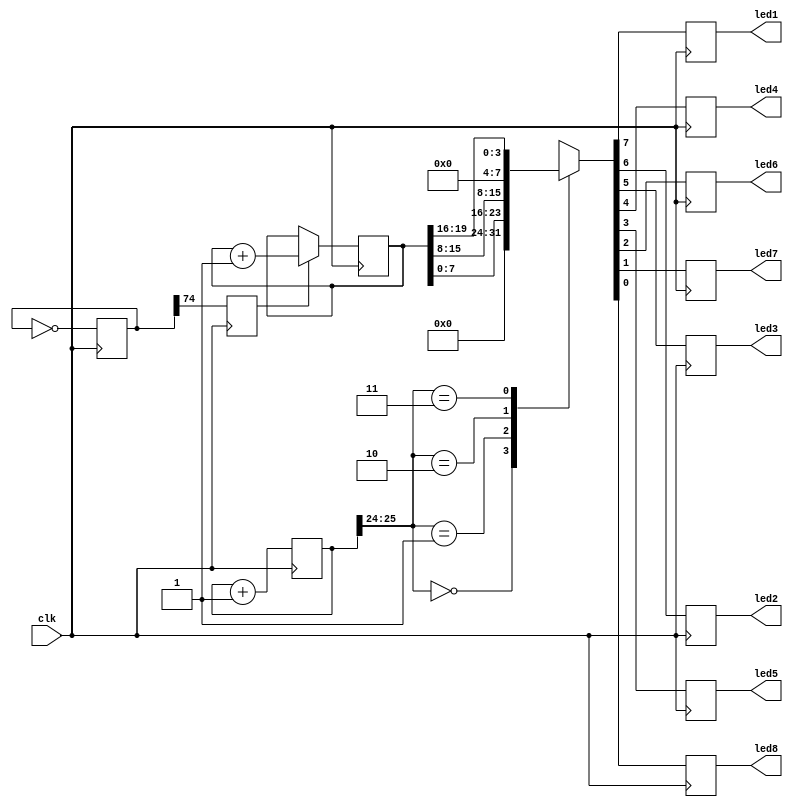
module TemporalThermalCovertChannel (
    input wire clk, // Clock input
    output led1, led2, led3, led4, led5, led6, led7, led8 // Individual LEDs
);

    reg [74:0] ring_oscillator;
    reg [19:0] counter;
    reg last_ring_bit; // Intermediate signal for ring_oscillator[74]
    reg [31:0] display_timer; // Timer for controlling the LED display

    // The Ring Oscillator with 75 Inverters
    always @(posedge clk) begin
        ring_oscillator <= ~ring_oscillator;
        last_ring_bit <= ring_oscillator[74];
        
        // Increment counter
        if (last_ring_bit) begin
            counter <= counter + 1'b1;
        end

        // Update display timer
        display_timer <= display_timer + 1;
    end

    // LED Display Logic
    always @(posedge clk) begin
        case (display_timer[25:24]) // Using higher bits to divide the time
            2'b00: {led1, led2, led3, led4, led5, led6, led7, led8} <= 8'b0;                            // All LEDs off for the first 2 seconds
            2'b01: {led1, led2, led3, led4, led5, led6, led7, led8} <= counter[7:0];                    // Display first 8 bits of the counter
            2'b10: {led1, led2, led3, led4, led5, led6, led7, led8} <= counter[15:8];                   // Display next 8 bits of the counter
            2'b11: {led1, led2, led3, led4, led5, led6, led7, led8} <= {4'b0, counter[19:16]};          // Display last 4 bits (padded with zeros)
            default: {led1, led2, led3, led4, led5, led6, led7, led8} <= 8'b0;
        endcase
    end

endmodule